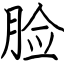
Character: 脸